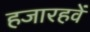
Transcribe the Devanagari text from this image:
हजारहवें